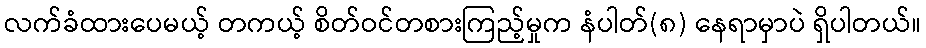
လက်ခံထားပေမယ့် တကယ့် စိတ်ဝင်တစားကြည့်မှုက နံပါတ်(၈) နေရာမှာပဲ ရှိပါတယ်။